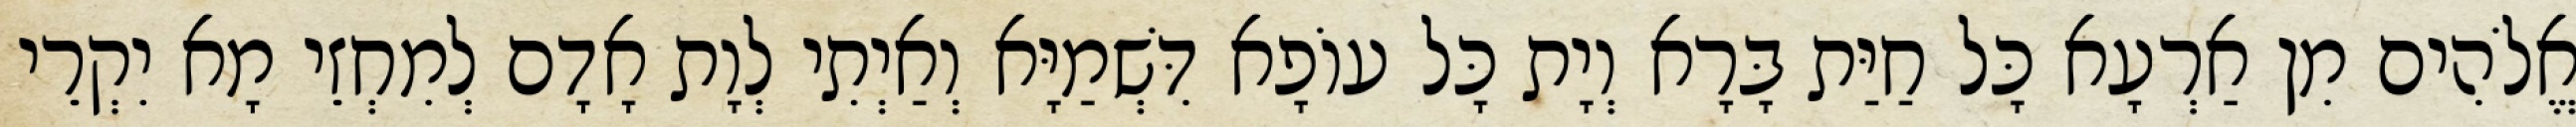
אֱלֹהִים מִן אַרְעָא כָּל חַיַּת בָּרָא וְיָת כָּל עוֹפָא דִּשְׁמַיָּא וְאַיְתִי לְוָת אָדָם לְמִחְזֵי מָא יִקְרֵי